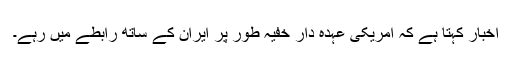
اخبار کہتا ہے کہ امریکی عہدہ دار خُفیہ طور پر ایران کے ساتھ رابطے میں رہے۔